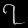
Digit: ၇